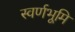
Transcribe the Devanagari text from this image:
स्वर्णभूमि